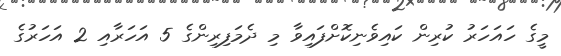
މީގެ ހައަހަރު ކުރިން ކައިވެނިކޮށްފައިވާ މި ދެމަފިރިންގެ 5 އަހަރާއި 2 އަހަރުގެ